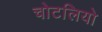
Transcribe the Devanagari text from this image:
चोटलियो